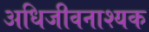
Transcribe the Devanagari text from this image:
अधिजीवनाश्यक